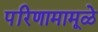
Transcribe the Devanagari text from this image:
परिणामामूळे